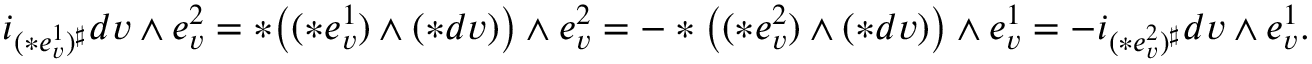
\begin{array} { r } { i _ { ( \ast e _ { v } ^ { 1 } ) ^ { \sharp } } d v \wedge e _ { v } ^ { 2 } = \ast \big ( ( \ast e _ { v } ^ { 1 } ) \wedge ( \ast d v ) \big ) \wedge e _ { v } ^ { 2 } = - \ast \big ( ( \ast e _ { v } ^ { 2 } ) \wedge ( \ast d v ) \big ) \wedge e _ { v } ^ { 1 } = - i _ { ( \ast e _ { v } ^ { 2 } ) ^ { \sharp } } d v \wedge e _ { v } ^ { 1 } . } \end{array}